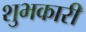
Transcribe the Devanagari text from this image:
शुभकारी